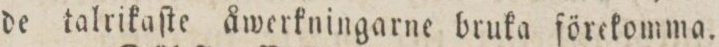
de talrikaſte åwerkningarne bruka förekomma.